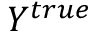
Y ^ { t r u e }